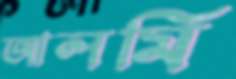
আলমি